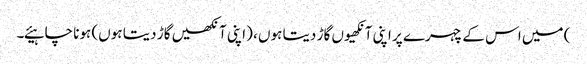
) میں اس کے چہرے پر اپنی آنکھیوں گاڑ دیتا ہوں ، (اپنی آنکھیں گاڑ دیتا ہوں) ہونا چاہیئے۔